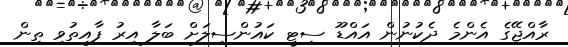
ރާއްޖޭގެ އެންމެ ދެކުނުން އައްޑޫ ސިޓީ ކައުންސިލަށް ބަލާ އިރު ފާއިތުވި ތިން